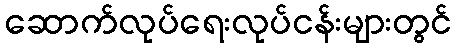
ဆောက်လုပ်ရေးလုပ်ငန်းများတွင်